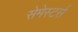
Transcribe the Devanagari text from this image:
सेमेस्टर्स